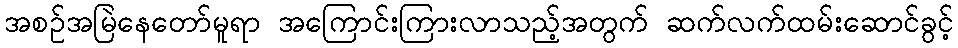
အစဉ်အမြဲနေတော်မူရာ အကြောင်းကြားလာသည့်အတွက် ဆက်လက်ထမ်းဆောင်ခွင့်